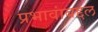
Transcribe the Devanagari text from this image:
प्रभावांबद्दल